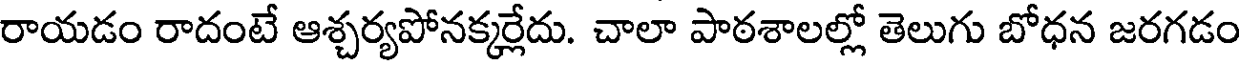
రాయడం రాదంటే ఆశ్చర్యపోనక్కర్లేదు. చాలా పాఠశాలల్లో తెలుగు బోధన జరగడం